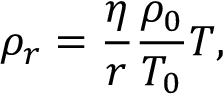
{ \rho _ { r } } = \frac { \eta } { r } \frac { { { \rho _ { 0 } } } } { { { T _ { 0 } } } } T ,